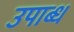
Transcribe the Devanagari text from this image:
उपाब्ध